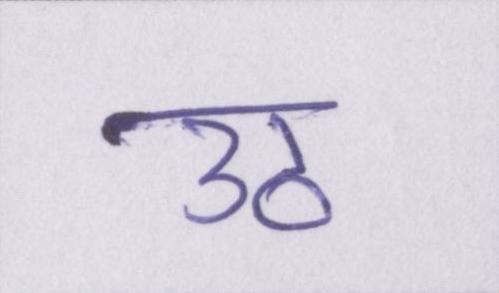
उठ